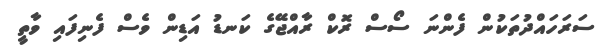
ސަރަހައްދުތަކުން ފެންނަ ސޯސް ރޮކް ރާއްޖޭގެ ކަނޑު އަޑިން ވެސް ފެނިފައި ވާތީ